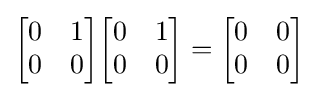
{\begin{bmatrix}0&1\\0&0\end{bmatrix}}{\begin{bmatrix}0&1\\0&0\end{bmatrix}}={\begin{bmatrix}0&0\\0&0\end{bmatrix}}